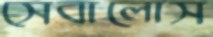
সেবালোস